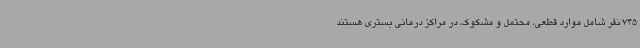
745 نفر شامل موارد قطعی، محتمل و مشکوک، در مراکز درمانی بستری هستند